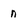
Character: n